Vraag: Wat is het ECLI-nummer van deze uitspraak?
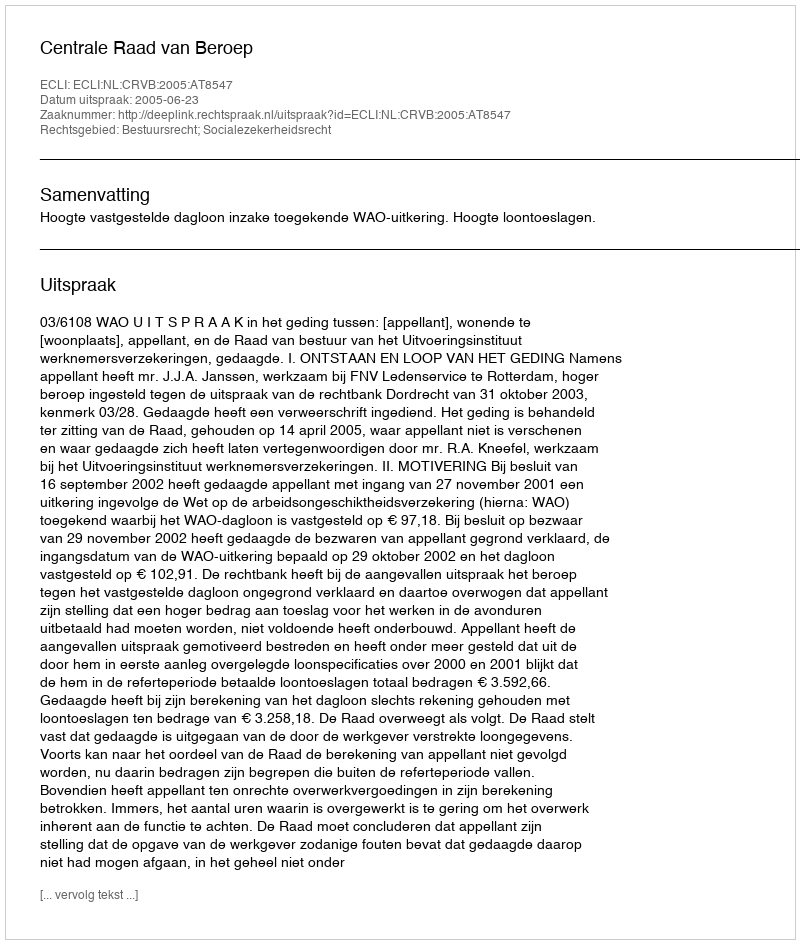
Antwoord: ECLI:NL:CRVB:2005:AT8547